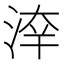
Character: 𣷟